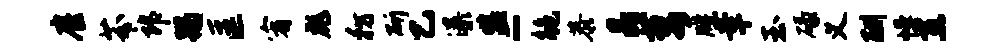
雇芬郎蹋匡宥彪彷斫乙瀑监-鲍恭晶萎牒幸玉碌义酬幔互